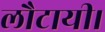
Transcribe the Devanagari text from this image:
लौटायी।